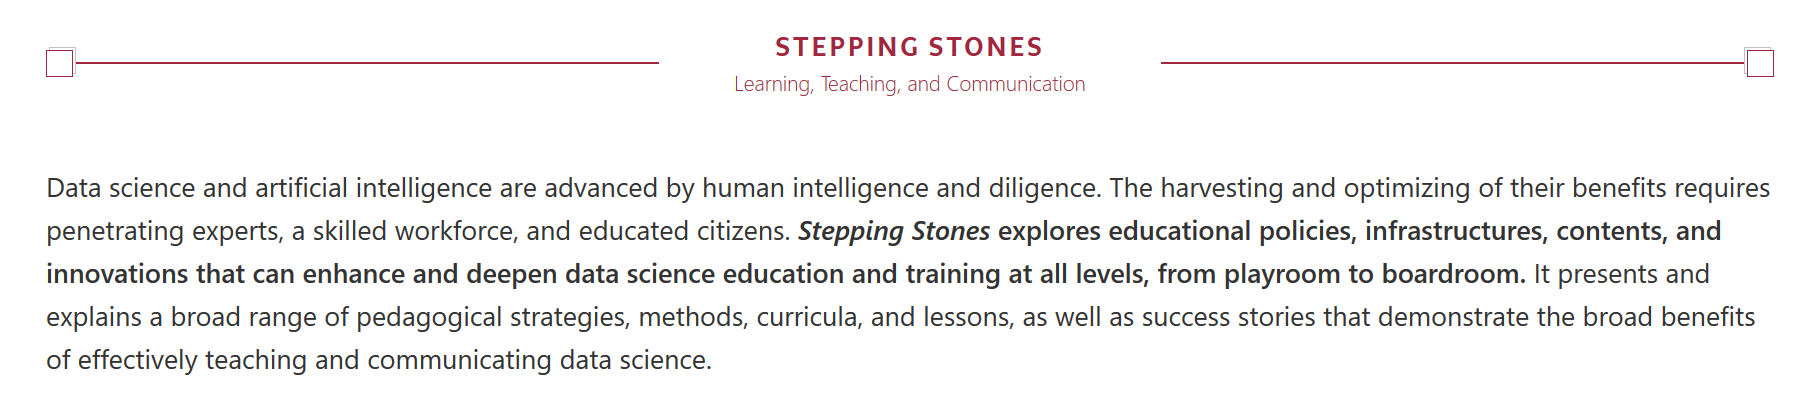
Data science and artificial intelligence are advanced by human intelligence and diligence. The harvesting and optimizing of their benefits requires
    penetrating experts, a skilled workforce, and educated citizens. Stepping Stones explores educational policies, infrastructures, contents, and
    innovations that can enhance and deepen data science education and training at all levels, from playroom to boardroom. It presents and
    explains a broad range of pedagogical strategies, methods, curricula, and lessons, as well as success stories that demonstrate the broad benefits
    of effectively teaching and communicating data science.
     STEPPING    STONES
     Learning, Teaching, and Communication